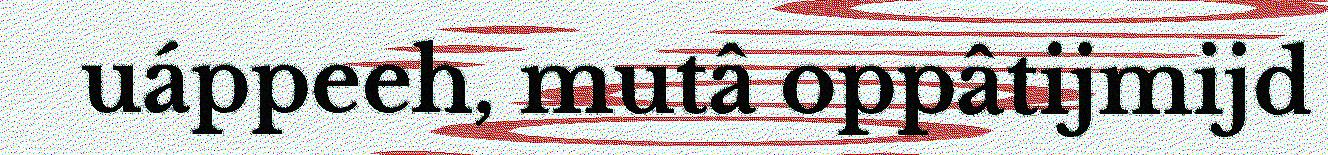
uáppeeh, mutâ oppâtijmijd